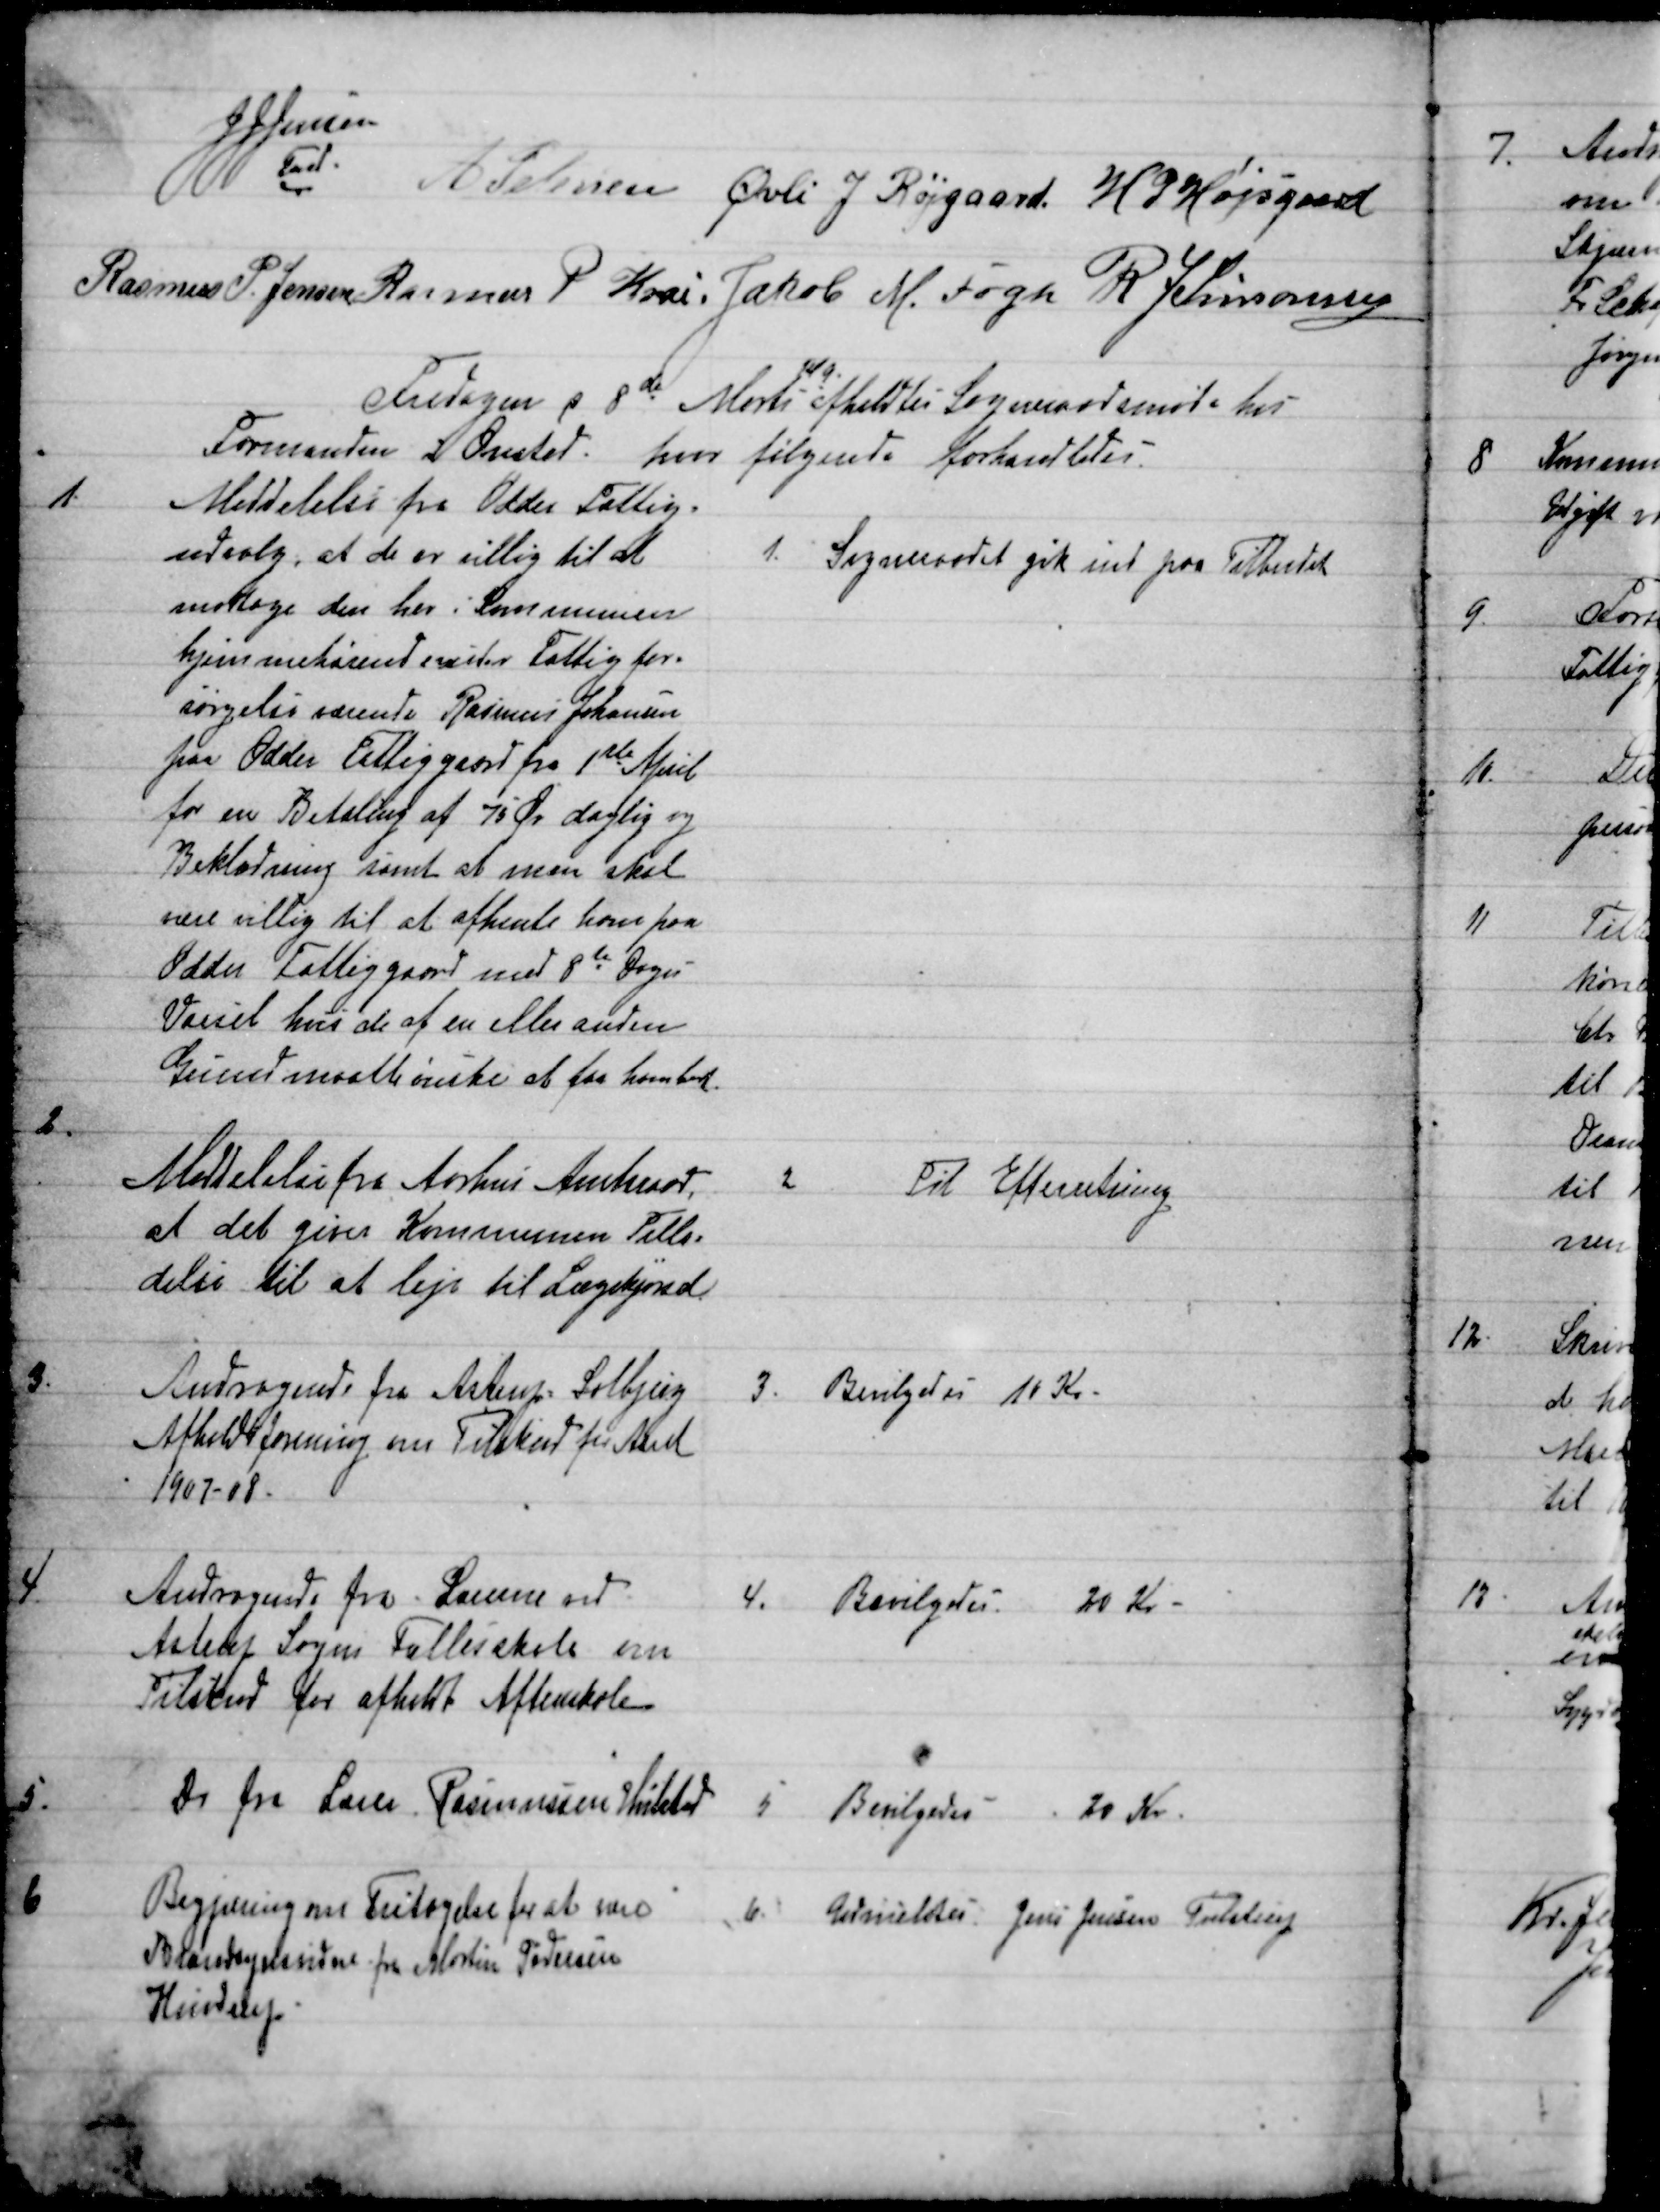
Transskription:
JJ Jensen 
Fmd.
A Petersen  Øvli J. Røjgaard. H. P. Højsgaard
Rasmus P. Jensen Rasmus P Krai. Jakob M. Fogh  R J Simonsen
Fredagen d 8de Marts 
Kl 9
afholdtes Sogneraadsmøde hos
Formanden i Onsted, hvor følgende forhandledes.
1.
Meddelelse fra Odder Fattig=
udvalg, at de er villig til at
modtage den her i Kommunen
hjemmehørende under Fattigfor=
sørgelse værende Rasmus Johansen
paa Odder Fattiggaard fra 1ste April
for en Betaling af 75 Øre daglig og
Beklædning samt at man skal
være villig til at afhente ham paa
Odder Fattiggaard med 8te Dages
Varsel hvis de af en eller anden
Gund maatte ønske at faa ham bort.
1.
Sogneraadet gik ind paa Tilbudet
2.
Meddelelse fra Aarhus Amtsraad
at det giver Kommunen Tilla=
delse til at leje til Lægekjørsel
2.
Til Efterretning
3.
Andragende fra Astrup Solbjerg
Afholdsforening om Tilskud for Aaret
1907-08.
3.
Bevilgedes 10 Kr.
4.
Andragende fra Lærerne ved
Astrup Sogns Fællesskole om
Tilskud for afholdt Aftenskole
4.
Bevilgedes 20 Kr.
5.
Do fra Lærer Rasmussen Hvilsted 
5
 Bevilgedes 20 Kr.
6
Begjæring om Fritagelse for at være
Brandsynsvidne fra Martin Pedersen
Hindrup.
6.
Udmeldtes Jens Jensen Tulstrup